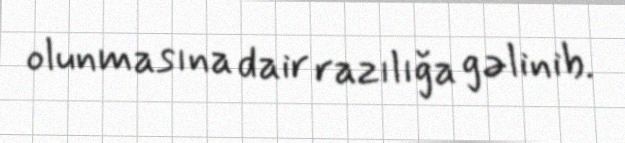
olunmasına dair razılığa gəlinib.